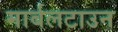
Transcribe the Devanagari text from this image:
मार्बलटाउन